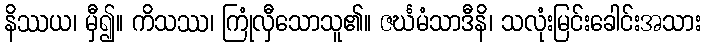
နိဿယ၊ မှီ၍။ ကိသဿ၊ ကြုံလှီသောသူ၏။ ဇင်္ဃမံသာဒီနိ၊ သလုံးမြင်းခေါင်းအသား